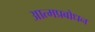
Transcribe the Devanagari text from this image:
आत्मप्रबोधन